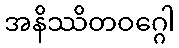
အနိဿိတဝဂ္ဂေါ